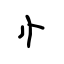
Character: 忄